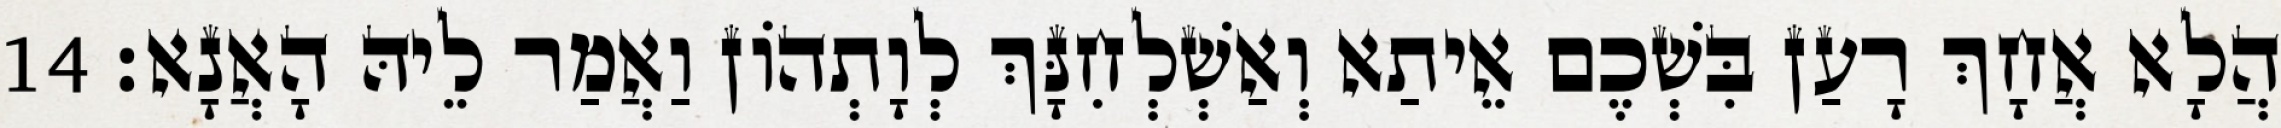
הֲלָא אֲחָךְ רָעַן בִּשְׁכֶם אֵיתַא וְאַשְׁלְחִנָּךְ לְוָתְהוֹן וַאֲמַר לֵיהּ הָאֲנָא׃ 14